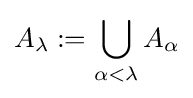
A_{\lambda }:=\bigcup _{\alpha <\lambda }A_{\alpha }